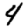
Digit: 4